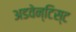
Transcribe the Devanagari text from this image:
अडवेन्टिस्ट